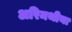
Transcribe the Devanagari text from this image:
अरिमथीया